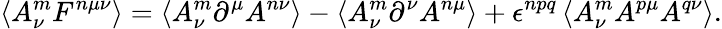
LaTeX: \left\langle A_{\nu}^{m}F^{n\mu\nu}\right\rangle=\left\langle A_{\nu}^{m}\partial^{\mu}A^{n\nu}\right\rangle-\left\langle A_{\nu}^{m}\partial^{\nu}A^{n\mu}\right\rangle+\epsilon^{npq}\left\langle A_{\nu}^{m}A^{p\mu}A^{q\nu}\right\rangle.